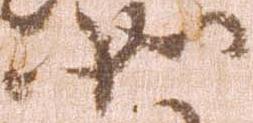
如